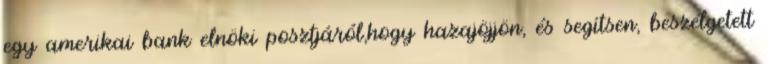
egy amerikai bank elnöki posztjáról,hogy hazajöjjön, és segítsen, beszélgetett